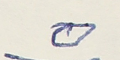
٥